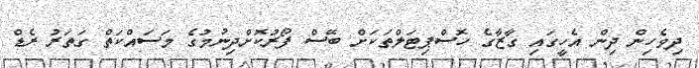
ދިވެހިން ދިން އެހީގައި ގާޒާގެ ހޮސްޕިޓަލްތަކަށް ބޭސް ފޯރުކޮށްދިނުމުގެ މަސައްކަތް ގަތަރު ރެޑް